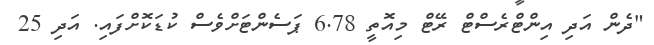
"ދެން އަދި އިންޓްރެސްޓް ރޭޓް މިއޮތީ 6.78 ޕަސެންޓަށްވެސް ކުޑަކޮށްފައި. އަދި 25